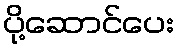
ပို့ဆောင်ပေး